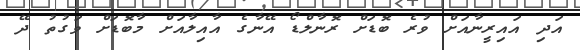
އަދި އައިރީނާއަށް ވުރެ ބޮޑަށް ރޮނާލްޑޯ އޭނާގެ އާއިލާއަށް މާބޮޑަށް ވަގުތު ދޭ